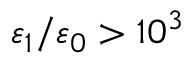
\varepsilon _ { 1 } / \varepsilon _ { 0 } > 1 0 ^ { 3 }